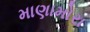
માણામોરા